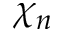
\chi _ { n }